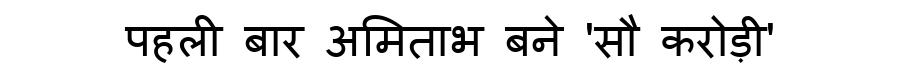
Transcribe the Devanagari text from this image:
पहली बार अमिताभ बने 'सौ करोड़ी'